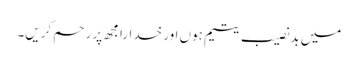
میں بدنصیب یتیم ہوں اور خدارا مجھ پر رحم کریں۔